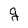
Character: g